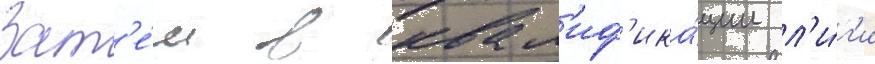
Зат'е́м в квал'иф'ика́ции л'и́г'и